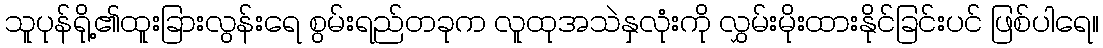
သူပုန်ရို့၏ထူးခြားလွန်းရေ စွမ်းရည်တခုက လူထုအသဲနှလုံးကို လွှမ်းမိုးထားနိုင်ခြင်းပင် ဖြစ်ပါရေ။